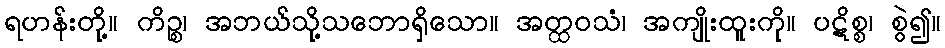
ရဟန်းတို့။ ကိဉ္စ၊ အဘယ်သို့သဘောရှိသော။ အတ္ထဝသံ၊ အကျိုးထူးကို။ ပဋိစ္စ၊ စွဲ၍။